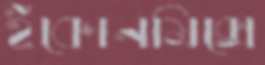
ইকোনমিক্সে